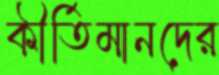
কীর্তিমানদের